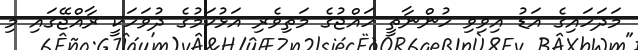
މަދަހައިގެ އަޑު އިވިވި ހުންނާތީ ހައްޖުގެ މަތިވެރި އަޅުކަމުގެ ދުވަހަކީ ރާއްޖޭގައި މި